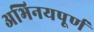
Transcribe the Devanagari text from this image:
अभिनयपूर्ण